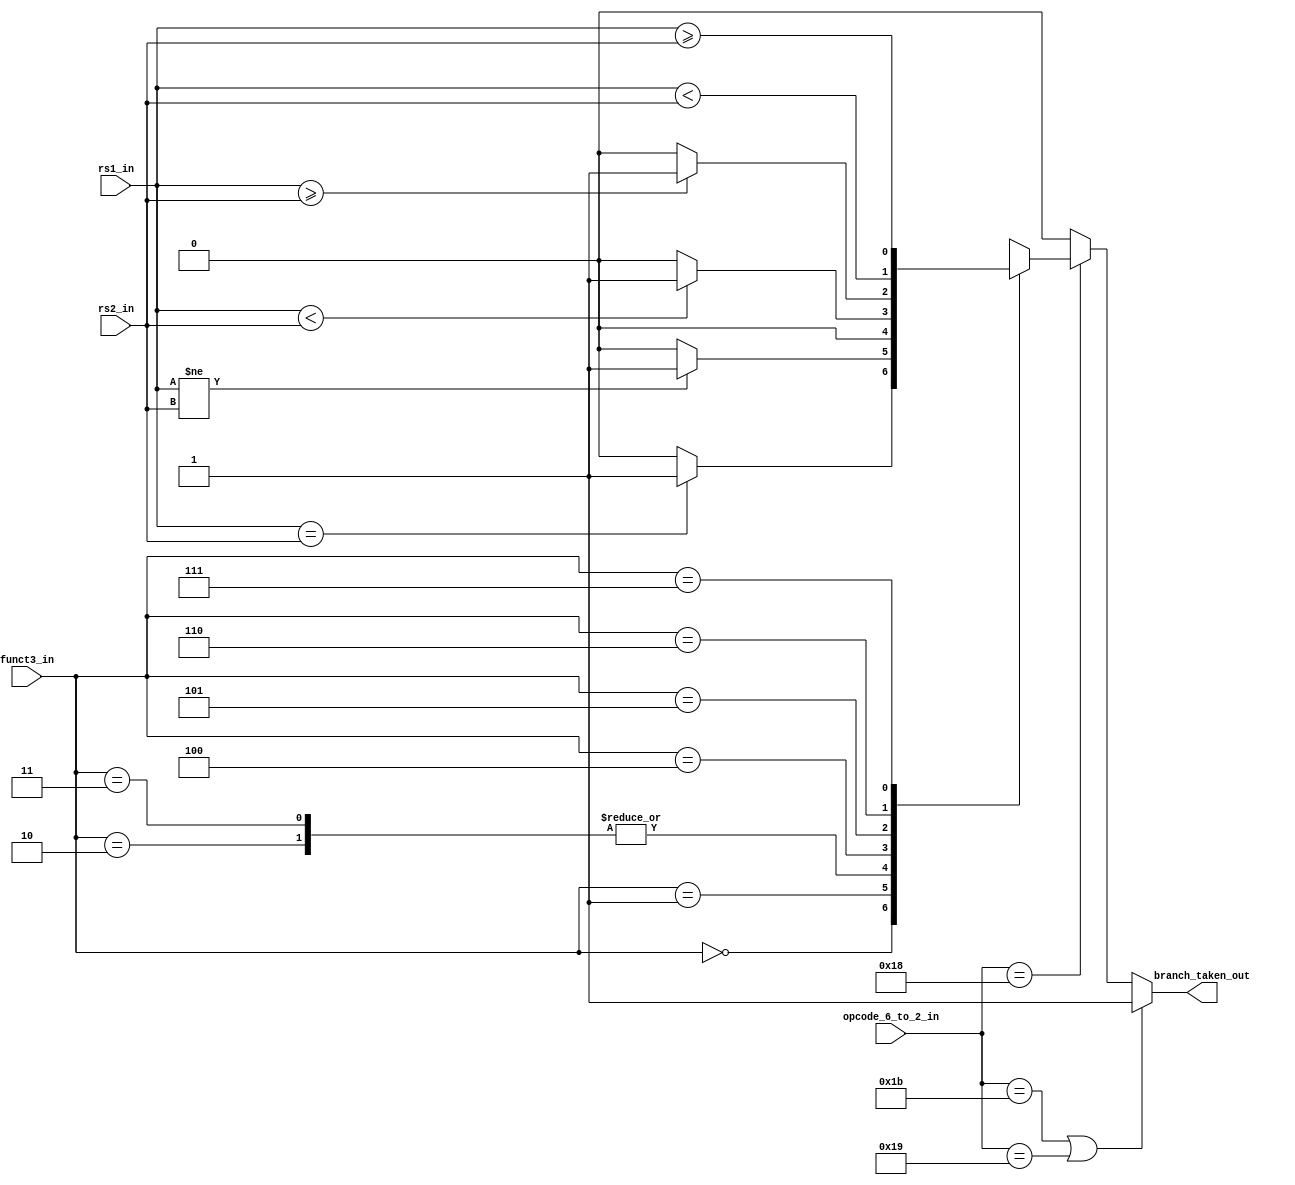
module branch_unit(
    input signed [31:0] rs1_in,
    input signed [31:0] rs2_in,
    input [4:0] opcode_6_to_2_in,
    input [2:0] funct3_in,
    output branch_taken_out
    );
    
    // Cases when its branch operation(Conditional Jumps)
    // Net to store if branch is supposed to be taken
    
    reg branch_taken_net1;
    
    always @(*)
    begin
      if ((opcode_6_to_2_in == 5'b11011) || (opcode_6_to_2_in == 5'b11001))     //opcode for Jump Instructions (Unconditional jump)
        begin
            branch_taken_net1 = 1'b1;// branch to be taken
        end
        else if (opcode_6_to_2_in == 5'b11000)  //opcode for Branch Instructions (Unconditional jump)
        begin
            case (funct3_in)
                3'b000: branch_taken_net1 = (rs1_in == rs2_in) ? 1'b1 : 1'b0;
                3'b001: branch_taken_net1 = (rs1_in != rs2_in) ? 1'b1 : 1'b0;
                3'b010: branch_taken_net1 = 1'b0;
                3'b011: branch_taken_net1 = 1'b0;
                3'b100: branch_taken_net1 = (rs1_in < rs2_in) ? 1'b1 : 1'b0;
                3'b101: branch_taken_net1 = (rs1_in >= rs2_in) ? 1'b1 : 1'b0;
            //  3'b110: branch_taken_net1 = ((rs1_in < rs2_in)  | (rs1_in[31] & ~rs2_in[31])) ? 1'b1 : 1'b0;
                3'b110: branch_taken_net1 = $unsigned(rs1_in)<$unsigned(rs2_in);
                3'b111: branch_taken_net1 = $unsigned(rs1_in) >= $unsigned(rs2_in) ;
                default branch_taken_net1 = 1'b0;
            endcase
        end
        else
        begin
            branch_taken_net1 = 1'b0;
        end    
    end 
    
    assign branch_taken_out = branch_taken_net1;
endmodule